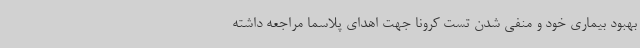
بهبود بیماری خود و منفی شدن تست کرونا جهت اهدای پلاسما مراجعه داشته